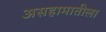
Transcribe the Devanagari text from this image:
असहामातीला